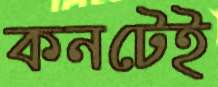
কনটেই